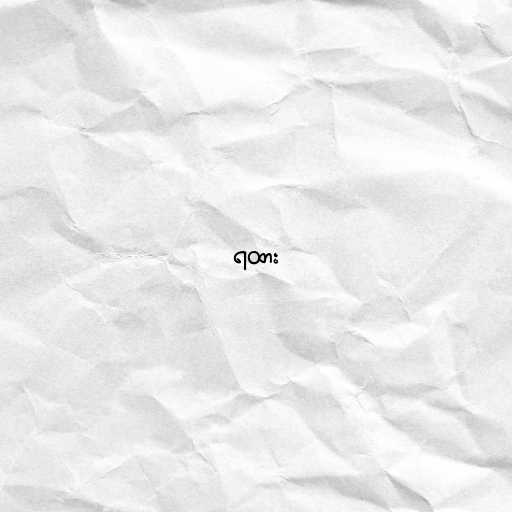
ရထား